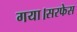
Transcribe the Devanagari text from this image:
गया।सरफेस